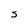
Character: S